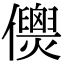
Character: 𠑎